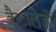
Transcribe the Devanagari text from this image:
कैटालेजों